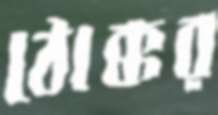
ঠোক্কর